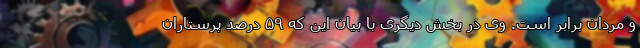
و مردان برابر است. وی در بخش دیگری با بیان این که ۵۹ درصد پرستاران